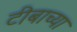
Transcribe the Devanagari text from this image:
टीबाच्या